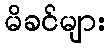
မိခင်များ